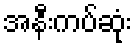
အနီးကပ်ဆုံး